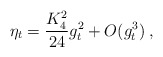
\begin{align*}\eta_t = \frac{K_4^2}{24} g_t^2 + O ( g_t^3) \; ,\end{align*}